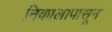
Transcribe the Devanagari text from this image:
निकालापासून